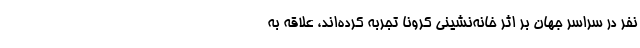
نفر در سراسر جهان بر اثر خانه‌نشینی کرونا تجربه کرده‌اند، علاقه به